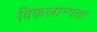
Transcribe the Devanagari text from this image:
विकलान्गता